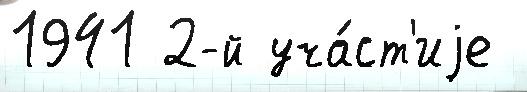
1941 2-й уча́ст'иjе